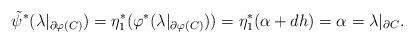
LaTeX: \begin{align*}\tilde{\psi}^* ( \lambda|_{\partial \varphi(C)} ) = \eta_1^* ( \varphi^* ( \lambda|_{\partial \varphi(C)} )) = \eta_1^* ( \alpha + dh) = \alpha = \lambda|_{\partial C}.\end{align*}